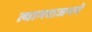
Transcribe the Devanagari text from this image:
त्यागराजनने